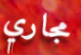
مجاري